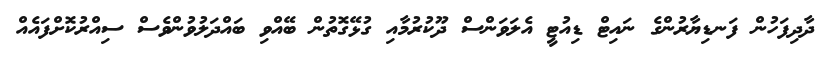
ދާދިފަހުން ފަނޑިޔާރުންގެ ނައިޓް ޑިއުޓީ އެލަވަންސް ދޫކުރުމާއި ގުޅޭގޮތުން ބޭއްވި ބައްދަލުވުންވެސް ސިއްރުކޮށްފައެއް